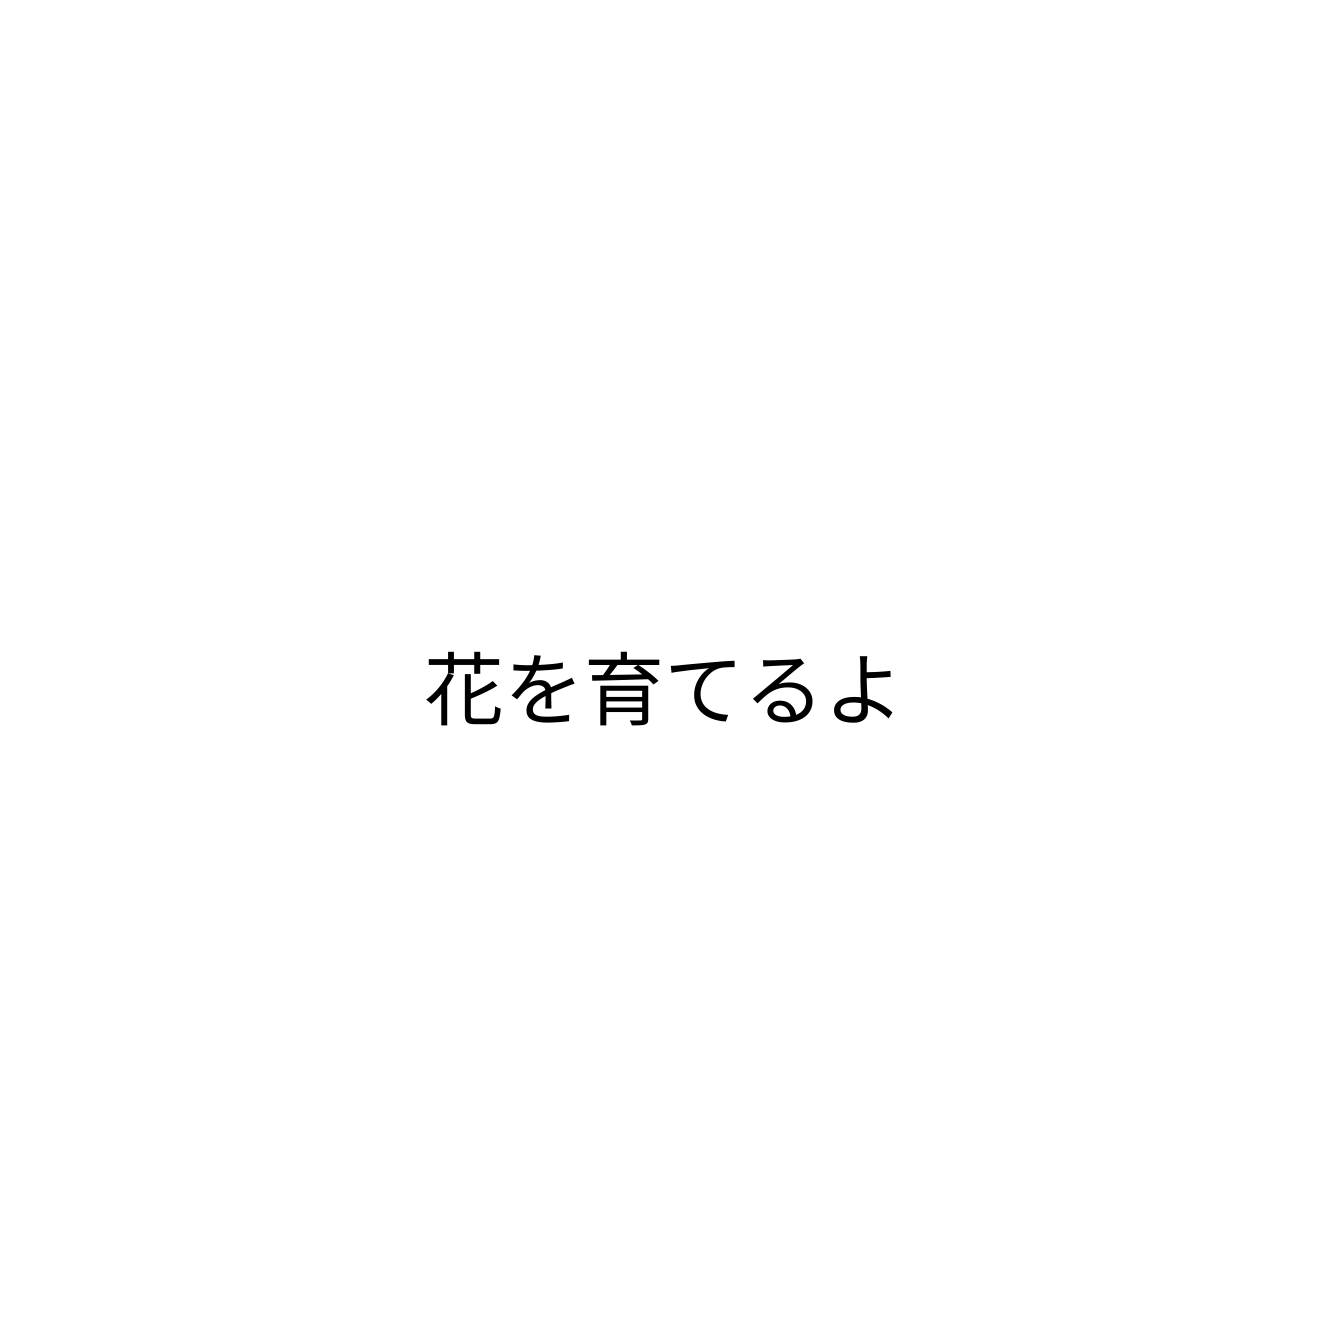
花を育てるよ